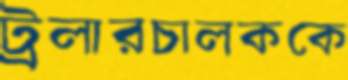
ট্রলারচালককে